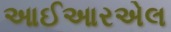
આઈઆરએલ